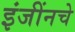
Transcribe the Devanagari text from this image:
इंजींनचे